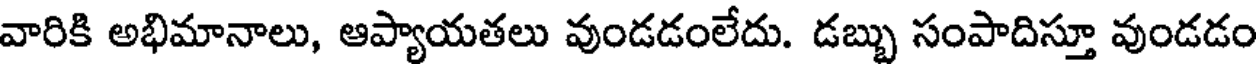
వారికి అభిమానాలు, ఆప్యాయతలు వుండడంలేదు. డబ్బు సంపాదిస్తూ వుండడం